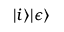
| i \rangle | \epsilon \rangle